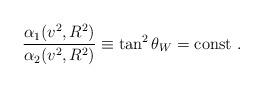
LaTeX: \begin{align*}\frac{\alpha_1(v^2,R^2)}{\alpha_2(v^2,R^2)} \equiv \tan^2\theta_W= {\rm const} \ . \end{align*}